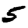
Digit: 5